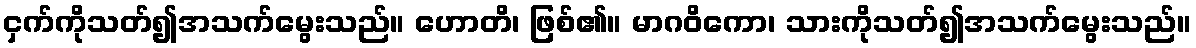
ငှက်ကိုသတ်၍အသက်မွေးသည်။ ဟောတိ၊ ဖြစ်၏။ မာဂဝိကော၊ သားကိုသတ်၍အသက်မွေးသည်။